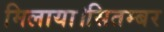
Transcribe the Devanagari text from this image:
मिलाया।सितम्बर